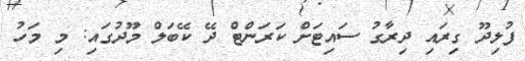
ފުލިދޫ ގިރައި ދިރާގު ސައިޓަށް ކަރަންޓް ދޭ ކޭބަލް މޫދުގައި: މި މަހު